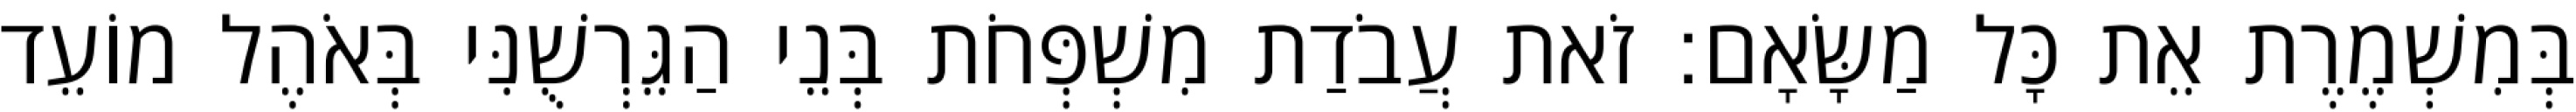
בְּמִשְׁמֶרֶת אֵת כָּל מַשָּׂאָם׃ זֹאת עֲבֹדַת מִשְׁפְּחֹת בְּנֵי הַגֵּרְשֻׁנִּי בְּאֹהֶל מוֹעֵד